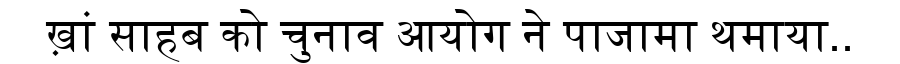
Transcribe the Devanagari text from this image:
ख़ां साहब को चुनाव आयोग ने पाजामा थमाया..